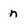
Character: n